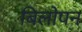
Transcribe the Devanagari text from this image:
बिलोपन